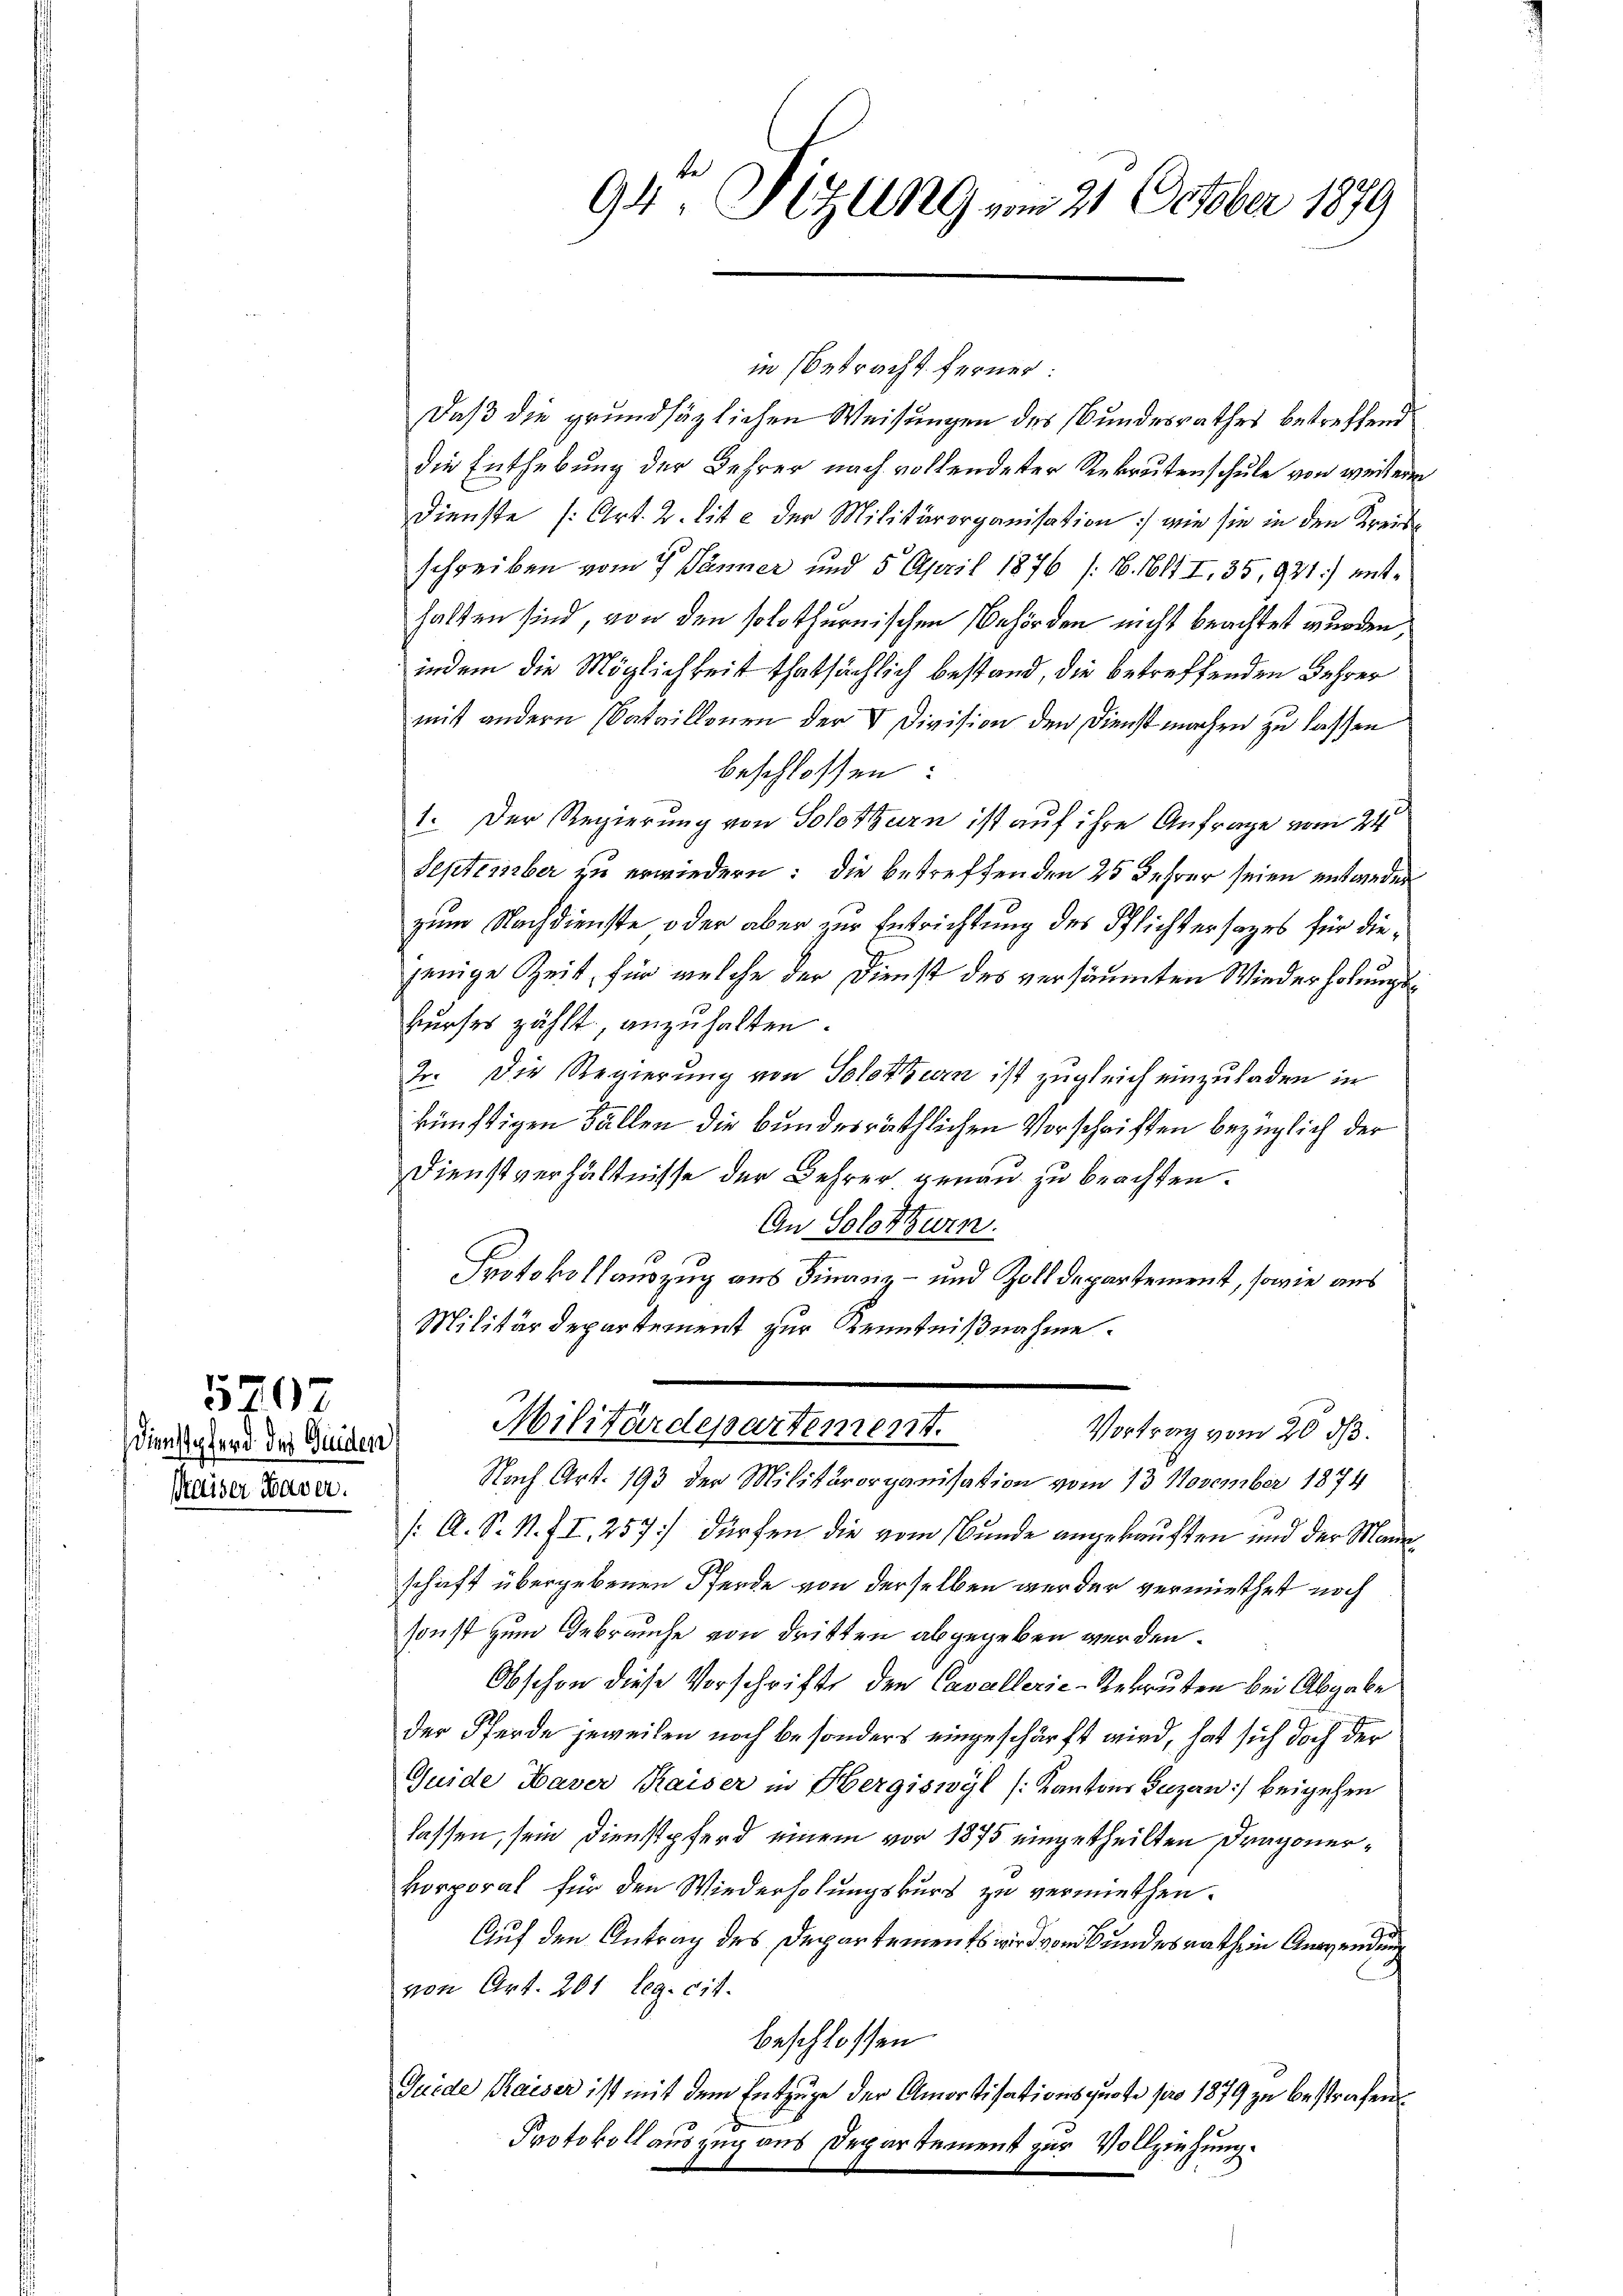
570
Dienstpferd des Guiden
Kaiser Daver.

in betracht ferner:
Daß die grundsätzlichen Weisungen des Bundesrathes betreffend
die Enthebung der Lehrer nach vollendeter Rekrutenschule von weiteren
Dienste (Art. 2. lit. e der Militärorganisation: wie sie in den Kreise
schreiben vom 7. Jänner und 5 April 1876 (16. 1614 I, 35, 931) enthalten sind, von den solothurnischen Behörden nicht beachtet wurden,
indem die Möglichkeit thatsächlich bestand, die betreffenden Lehrer
mit andern Nataillenen der V Division den Dienst machen zu lassen
beschlossen:
1. Der Regierung von Solothurn ist auf ihre Anfrage vom 24
September zu erwiedern: die betreffenden 25 Jahrer seien entwederzum Nachdienste oder aber zur Entrichtung des Pflichtersages für diejenige Zeit, für welche der Dienst des versäumten Wiederholungskurses zählt, anzuhalten.
2. Die Regierung von Solothurn ist zugleich einzuladen in
künftigen Fällen die bundesräthlichen Vorschriften bezüglich der
Dienstverhältnisse der Lehrer genau zu beachten.
An Solothurn.
Protokollauszug aus Finanz- und Zolldepartement, sowie aus
Militärdepartement zur Kenntnißnahme.
Militärdepartement.
Vortrag vom 20. ds.
Nach Art. 193 der Militärorganisation vom 13. November 1874
/: A. S. N. II, 257] dürfen die vom Bunde angekauften und der Mannschaft übergebenen Pferde von derselben werden vermiethet noch
sonst zum Gebrauche von dritten abgegeben werden.
Obschon diese Vorschrift den Cavallerie-Rekruten bei Abgabe
der Pferde jeweilen noch besonders eingeschärft wird, hat sich doch der
Quide Haver Kaiser in Hergiswyl (Kantons Luzern) beigehen
lassen, sein Dienstpferd einem vor 1875 eingetheilten Dragonerkorporat für den Wiederholungskurs zu vermiethen.
Auf den Antrag des Departements wird von Bundesrath ein Anwendung
von Art. 201 Leg. cit.
beschlossen:
Juide Kaiser ist mit dem Entzuge der Amortisationsquote pro 1879 zu bestrafen.
Protokoll auszug aus Departement zur Vollziehung.

94 Sizung vom 21. October 1879